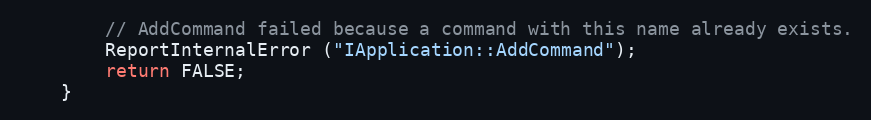
Language: C++
		// AddCommand failed because a command with this name already exists.
		ReportInternalError ("IApplication::AddCommand");
		return FALSE;
	}